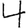
Digit: 4